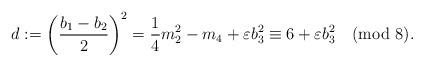
LaTeX: \begin{align*}d:=\left(\frac{b_{1}-b_{2}}{2}\right)^{2}=\frac{1}{4}m_{2}^{2}-m_{4}+\varepsilon b_{3}^{2}\equiv 6+\varepsilon b_{3}^{2} \pmod{8}.\end{align*}